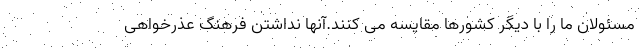
مسئولان ما را با دیگر کشورها مقایسه می کنند.آنها نداشتن فرهنگ عذرخواهی